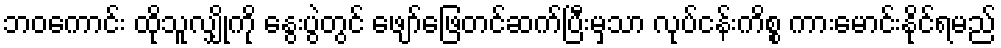
ဘဝကောင်း ထိုသူလျှိုကို နွေးပွဲတွင် ဖျော်ဖြေတင်ဆက်ပြီးမှသာ လုပ်ငန်းကိစ္စ ကားမောင်းနိုင်ရမည်